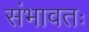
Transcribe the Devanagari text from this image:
संभावतः